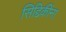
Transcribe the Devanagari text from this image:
सिद्दिकींना